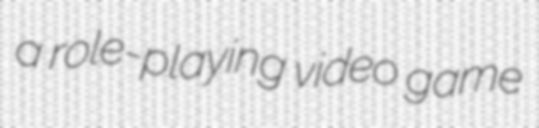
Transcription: a role-playing video game